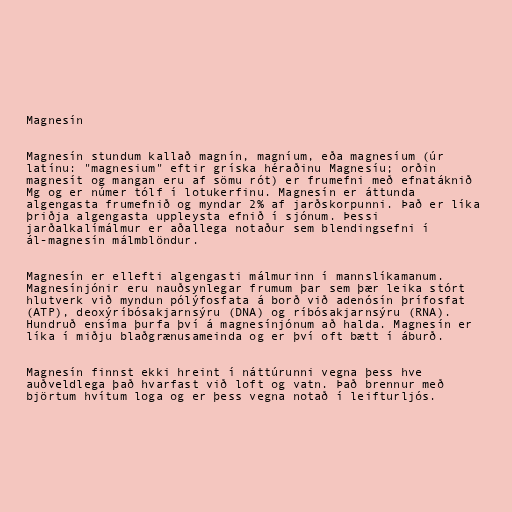
Magnesín

Magnesín stundum kallað magnín, magníum, eða magnesíum (úr
latínu: "magnesium" eftir gríska héraðinu Magnesíu; orðin
magnesít og mangan eru af sömu rót) er frumefni með efnatáknið
Mg og er númer tólf í lotukerfinu. Magnesín er áttunda
algengasta frumefnið og myndar 2% af jarðskorpunni. Það er líka
þriðja algengasta uppleysta efnið í sjónum. Þessi
jarðalkalímálmur er aðallega notaður sem blendingsefni í
ál-magnesín málmblöndur.

Magnesín er ellefti algengasti málmurinn í mannslíkamanum.
Magnesínjónir eru nauðsynlegar frumum þar sem þær leika stórt
hlutverk við myndun pólýfosfata á borð við adenósín þrífosfat
(ATP), deoxýríbósakjarnsýru (DNA) og ríbósakjarnsýru (RNA).
Hundruð ensíma þurfa því á magnesínjónum að halda. Magnesín er
líka í miðju blaðgrænusameinda og er því oft bætt í áburð.

Magnesín finnst ekki hreint í náttúrunni vegna þess hve
auðveldlega það hvarfast við loft og vatn. Það brennur með
björtum hvítum loga og er þess vegna notað í leifturljós.